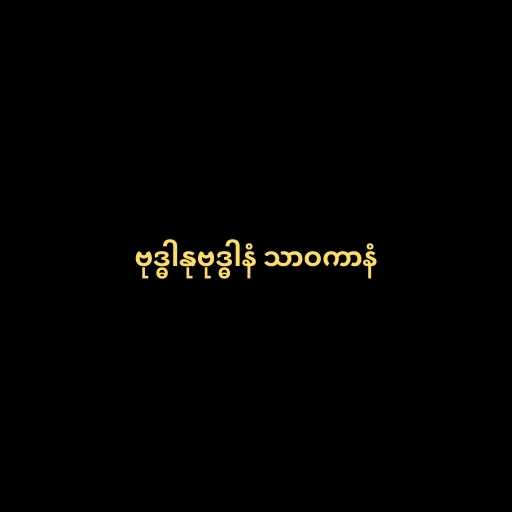
ဗုဒ္ဓါနုဗုဒ္ဓါနံ သာဝကာနံ